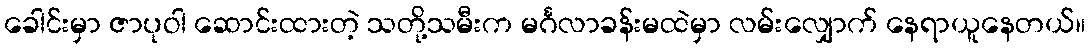
ခေါင်းမှာ ဇာပုဝါ ဆောင်းထားတဲ့ သတို့သမီးက မင်္ဂလာခန်းမထဲမှာ လမ်းလျှောက် နေရာယူနေတယ်။